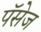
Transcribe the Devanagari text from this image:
पॅसेज